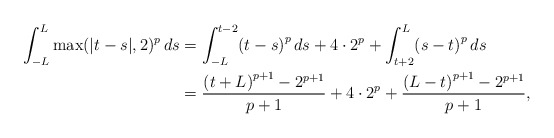
\begin{align*} \int_{-L}^L \max(|t-s|,2)^p \, ds &= \int _{-L}^{t-2}\! \left( t-s \right) ^{p}{ds}+4\cdot{2}^{p}+\int _{t+2}^{L}\! \left( s-t \right) ^{p}{ds} \\ &= {\frac { \left( t+L \right) ^{p+1}-{2}^{p+1}}{p+1}}+4\cdot{2}^{p}+{\frac{\left( L-t \right) ^{p+1}-{2}^{p+1}}{p+1}}, \end{align*}